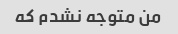
من متوجه نشدم که